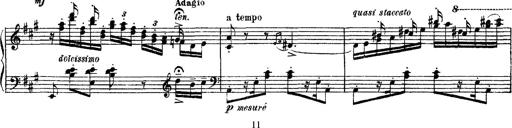
Title: Apparitions
Composer: Franz Liszt